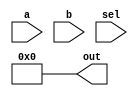
module structural_alu (
    input [13:0] a,
    input [13:0] b,
    input [1:0] sel,
    output [14:0] out
);
    assign out = 15'd0;
endmodule